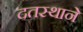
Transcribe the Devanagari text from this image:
दतस्थाने